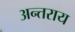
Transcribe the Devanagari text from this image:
अन्तराय